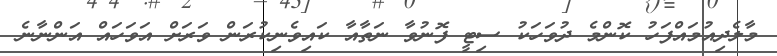
މާލެދިއުމައްފަހު ކޮންމެ ދުވަހަކު ސިޓީ ފޮނުވާ ނަތާއާ ކައިވެނިކުރަން ވަރަށް އަވަހައް އަންނާނެ